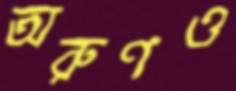
অরুণও